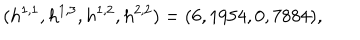
LaTeX: ( h ^ { 1 , 1 } , h ^ { 1 , 3 } , h ^ { 1 , 2 } , h ^ { 2 , 2 } ) = ( 6 , 1 9 5 4 , 0 , 7 8 8 4 ) , \quad